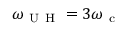
\omega _ { \mathrm { ~ U ~ H ~ } } = 3 \omega _ { \mathrm { ~ c ~ } }